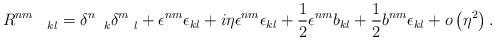
LaTeX: \begin{align*}R_{\qquad kl}^{nm}=\delta _{\quad k}^{n}\delta _{\quad l}^{m}+\epsilon^{nm}\epsilon _{kl}+i\eta \epsilon ^{nm}\epsilon _{kl}+\frac{1}{2}\epsilon^{nm}b_{kl}+\frac{1}{2}b^{nm}\epsilon _{kl}+o\left( \eta ^{2}\right) .\end{align*}